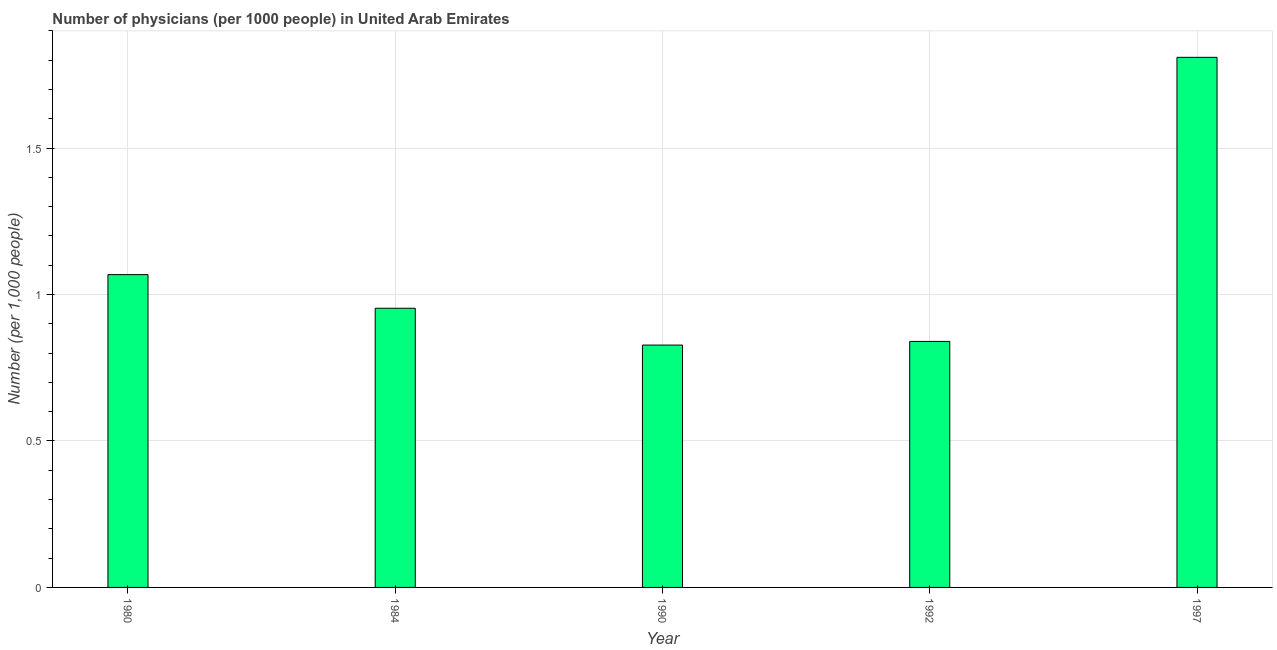
| Year | Physicians |
 | --- | --- |
 | 1980 | 1.07 |
 | 1984 | 0.953 |
 | 1990 | 0.827 |
 | 1992 | 0.84 |
 | 1997 | 1.81 |